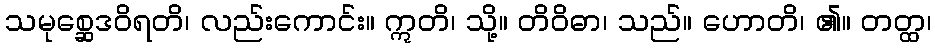
သမုစ္ဆေဒဝိရတိ၊ လည်းကောင်း။ ဣတိ၊ သို့။ တိဝိဓာ၊ သည်။ ဟောတိ၊ ၏။ တတ္ထ၊